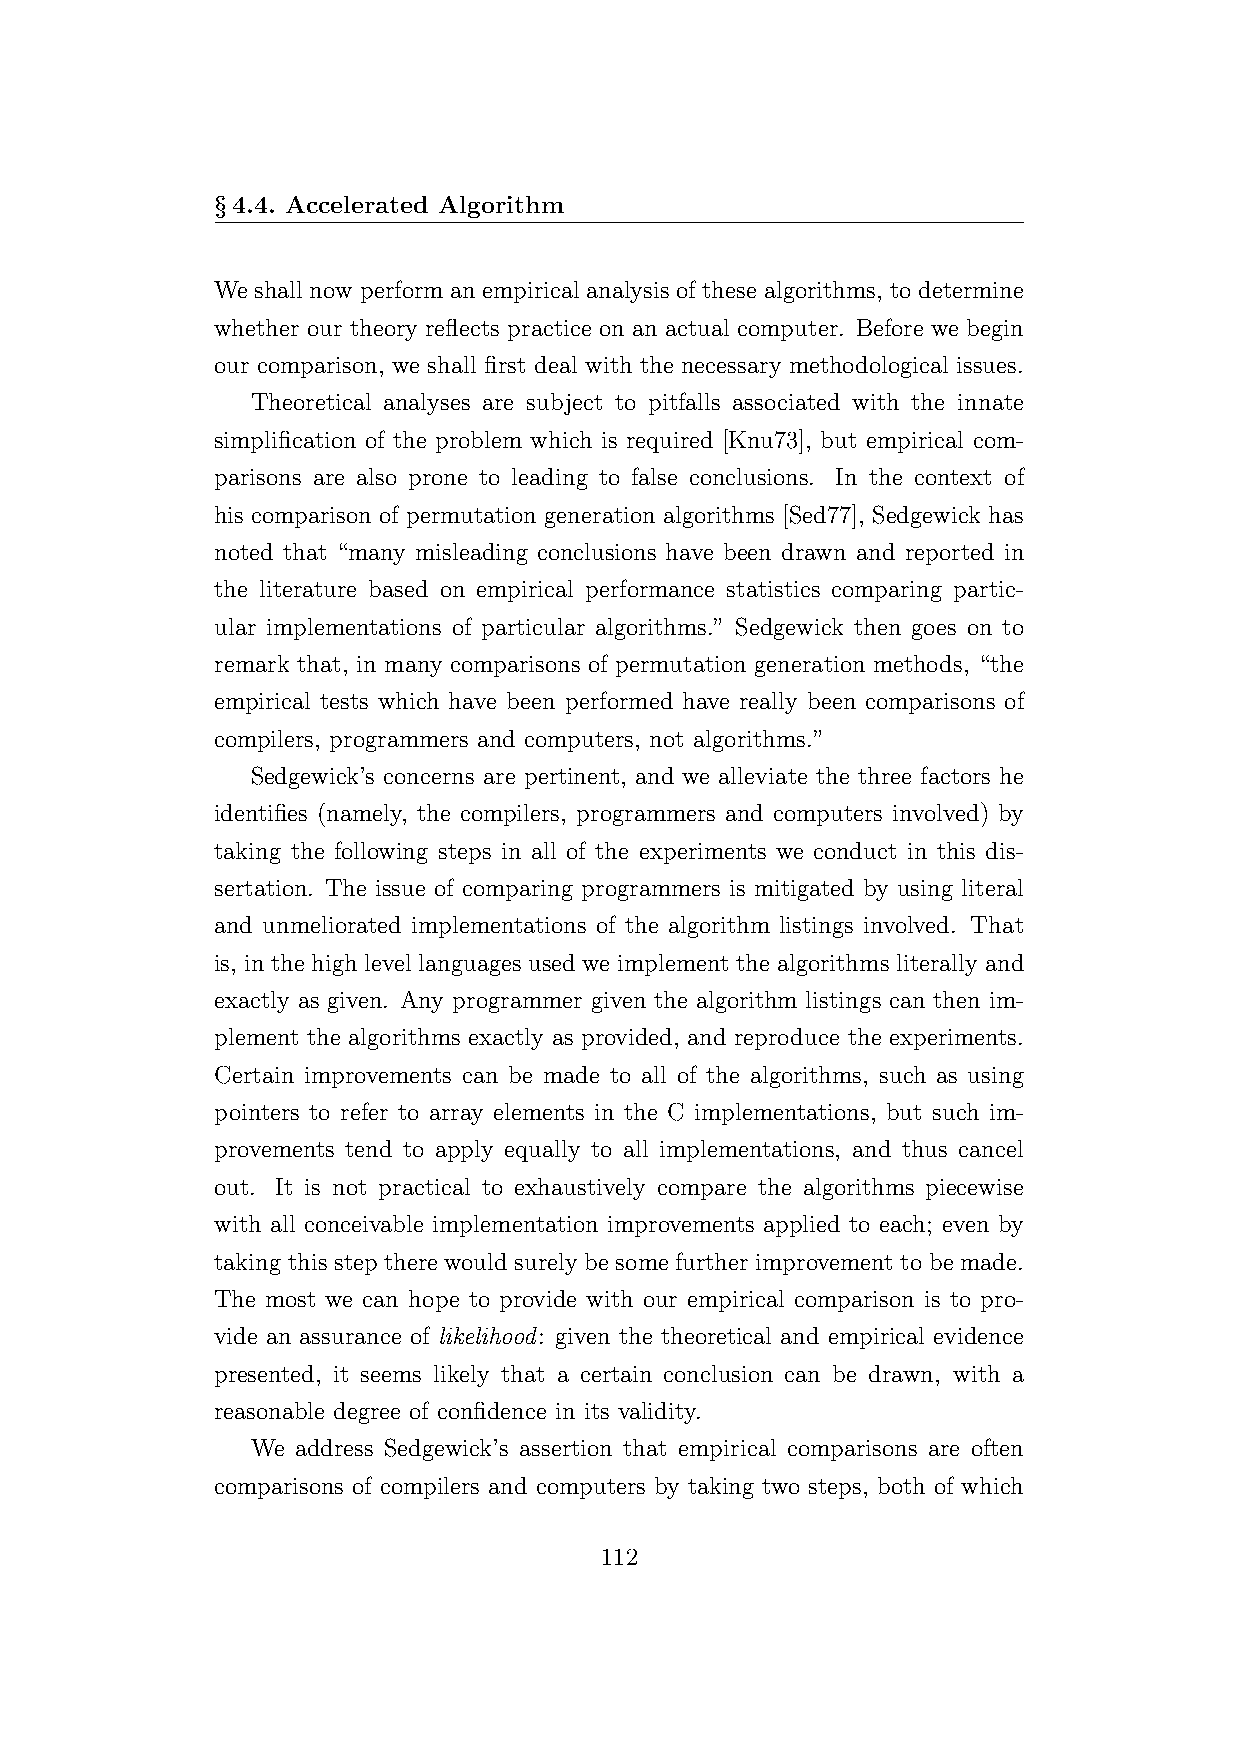
§4.4. Accelerated Algorithm
 We shall now perform an empirical analysis of these algorithms, to determine
 whether our theory reflects practice on an actual computer. Before we begin
 our comparison, we shall first deal with the necessary methodological issues.
 Theoretical analyses are subject to pitfalls associated with the innate
 simplification of the problem which is required [Knu73], but empirical com-
 parisons are also prone to leading to false conclusions. In the context of
 his comparison of permutation generation algorithms [Sed77], Sedgewick has
 noted that “many misleading conclusions have been drawn and reported in
 the literature based on empirical performance statistics comparing partic-
 ular implementations of particular algorithms.” Sedgewick then goes on to
 remark that, in many comparisons of permutation generation methods, “the
 empirical tests which have been performed have really been comparisons of
 compilers, programmers and computers, not algorithms.”
 Sedgewick’s concerns are pertinent, and we alleviate the three factors he
 identifies (namely, the compilers, programmers and computers involved) by
 taking the following steps in all of the experiments we conduct in this dis-
 sertation. The issue of comparing programmers is mitigated by using literal
 and unmeliorated implementations of the algorithm listings involved. That
 is, in the high level languages used we implement the algorithms literally and
 exactly as given. Any programmer given the algorithm listings can then im-
 plement the algorithms exactly as provided, and reproduce the experiments.
 Certain improvements can be made to all of the algorithms, such as using
 pointers to refer to array elements in the C implementations, but such im-
 provements tend to apply equally to all implementations, and thus cancel
 out. It is not practical to exhaustively compare the algorithms piecewise
 with all conceivable implementation improvements applied to each; even by
 taking this step there would surely be some further improvement to be made.
 The most we can hope to provide with our empirical comparison is to pro-
 vide an assurance of likelihood: given the theoretical and empirical evidence
 presented, it seems likely that a certain conclusion can be drawn, with a
 reasonable degree of confidence in its validity.
 We address Sedgewick’s assertion that empirical comparisons are often
 comparisons of compilers and computers by taking two steps, both of which
 112